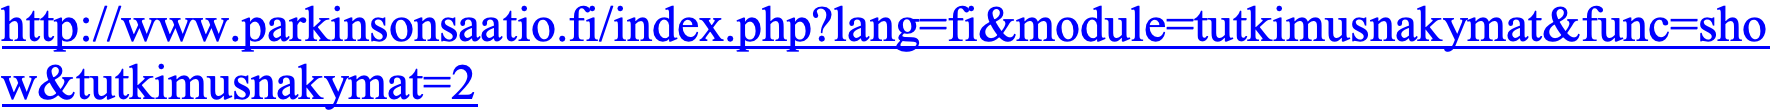
http://www.parkinsonsaatio.fi/index.php?lang=fi&module=tutkimusnakymat&func=sho w&tutkimusnakymat=2